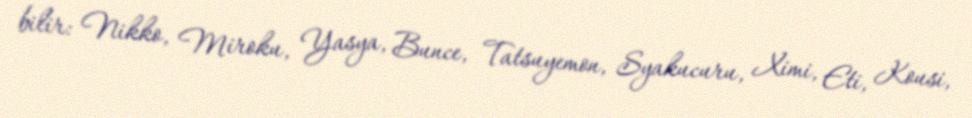
bilir: Nikko, Miroku, Yasya, Bunce, Tatsuyemon, Syakucuru, Ximi, Eti, Kousi,